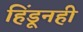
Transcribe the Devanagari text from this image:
हिंडूनही